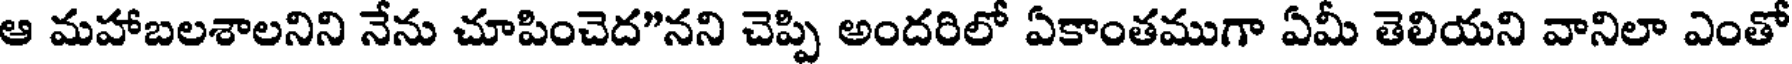
ఆ మహాబలశాలనిని నేను చూపించెద"నని చెప్పి అందరిలో ఏకాంతముగా ఏమీ తెలియని వానిలా ఎంతో